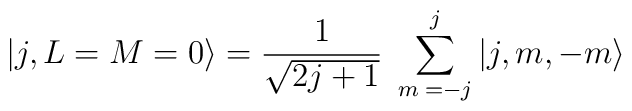
\vert j, L=M=0 \rangle = {1\over \sqrt{2j+1}} \; \sum_{m\; =-j}^j \vert j, m, -m \rangle